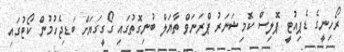
ރޯހިނީގެ ޑެޕިއުޓީ ޕޮލިސް ކޮމިޝަނަރު ޕްރަނަވް ތާޔަލް ބުނިގޮތުގައި ގޯގީގަޔަށް ބަޑިޖެހުމުން ކޯޓުގައި